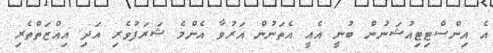
އެ އިންސްޓިޓިއުޝަނުން ބުނީ އެއީ އެތަނުން އަރުވާ އެންމެ ޝަރަފުވެރި އަދި އިއްޒަތްތެރި